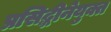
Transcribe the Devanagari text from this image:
प्रसिद्धीनेयुक्त